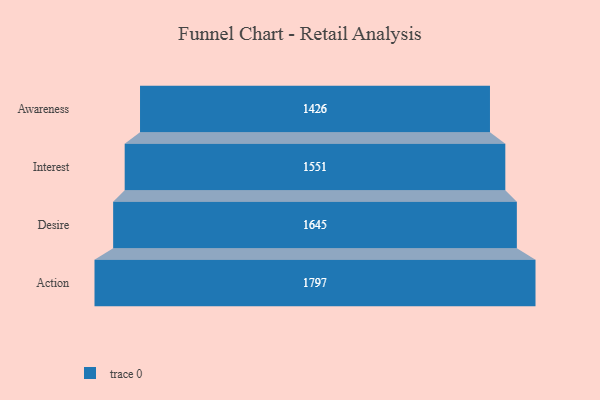
{"axis": {"x": "Stage", "y": "Value"}, "legend": [""], "data": [{"x": "Awareness", "y": 1426.0, "type": ""}, {"x": "Interest", "y": 1551.0, "type": ""}, {"x": "Desire", "y": 1645.0, "type": ""}, {"x": "Action", "y": 1797.0, "type": ""}]}